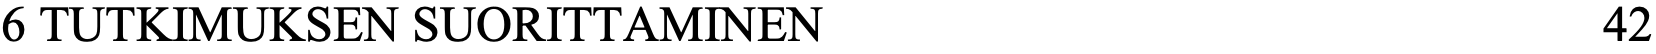
6 TUTKIMUKSEN SUORITTAMINEN                          42